Annual administration and progress report of the Indian Medical Department, Bombay
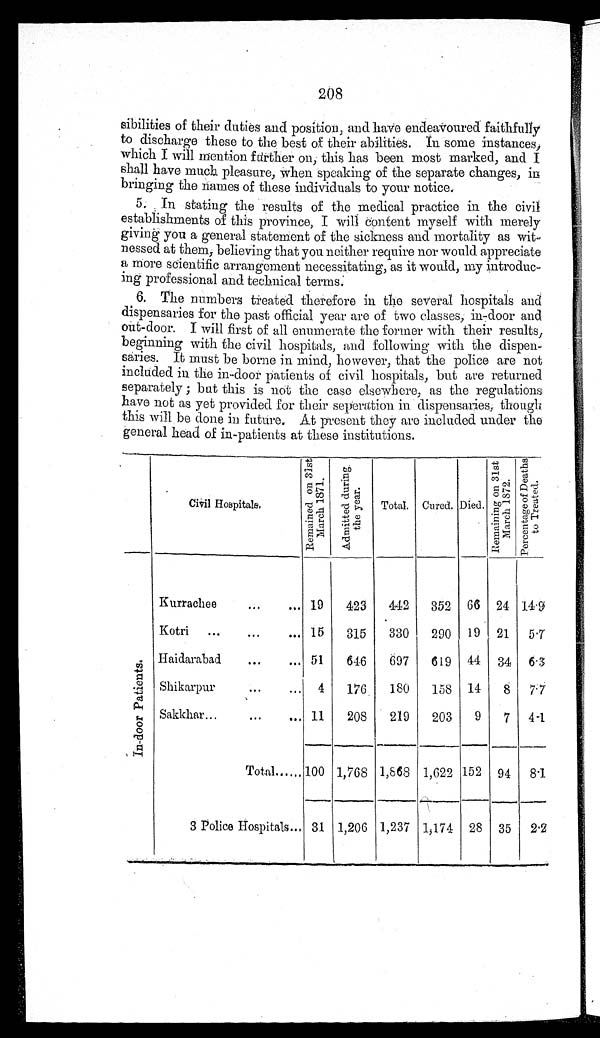
20 8
sibilities of their duties and position, and have endeavoured faithfully
to discharge these to the best of their abilities. In some instances,
which I will mention further on; this has been most marked, and I
shall have much pleasure, when speaking of the separate changes, in
bringing the names of these individuals to your notice.
5. In stating the results of the medical practice in the civil
establishments of this province, I will Content myself with merely
giving you a general statement of the sickness and mortality as wit-
nessed at them, believing that you neither require nor would appreciate
a more scientific arrangement necessitating, as it would, my introduc-
- i n g p r o f e s s i o n a l a n d t e c h n i c a l t e r m s .
6. The numbers treated therefore in the several hospitals and
dispensaries for the past official year are of two classes, in-door and
out-door. I will first of all enumerate the former with their results,
beginning with the civil hospitals, and following with the dispen-
saries. It must be borne in mind, however, that the police are not
included in the in-door patients of civil hospitals, but are returned
separately; but this is not the case elsewhere, as the regulations
have not as yet provided for their seperation in dispensaries, though
this will be done in future. At present they are included under the
general head of in-patients at these institutions.
Civil Hospitals.
R e m a i n e d o n 3 1 s t
M a r c h 1 8 7 1 .
Ad mi t t e d d u r i n g
t he year.
Total.
Cured.
D i e d .
R e m a i n i n g o n 3 1 s t
M a r c h 1 8 7 2 .
P e r c e n t a g e o f D e a t h s
t o Tr e a t e d.
I n - d o o r P a t i e n t s .
Kurrachee
19
423
442
352
66
24 14.9
Kotri
15
315
330
290
19
21
5.7
Haidarabad
51
646
697
619
44
34
6.3
Shikarpur
4
176
180
158
14
8
7.7
Sakkhar
11
208
219
203
9
7
4.1
Total
1 0 0
1,768 1,868 1,622 152
94
8.1
3 Police Hospitals
31 1,206 1,237 1,174
28
35
2.2